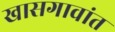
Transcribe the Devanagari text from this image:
खासगावांत